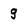
Character: g